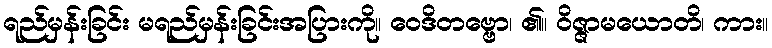
ရည်မှန်းခြင်း မရည်မှန်းခြင်းအပြားကို။ ဝေဒိတဗ္ဗော၊ ၏။ ဝိဇ္ဇာမယောတိ၊ ကား။